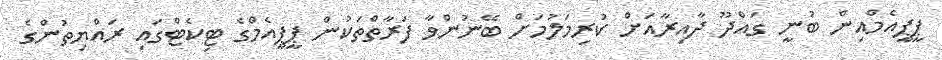
ޕީޕީއެމްއިން ބުނީ ގައްދޫ ދާއިރާއަށް ކުރިމަލުމަށް ބޭނުންވާ ފަރާތްތަކުން ޕީޕީއެމްގެ ޓިކެޓްގައި ރައްޔިތުންގެ